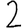
Digit: 2